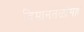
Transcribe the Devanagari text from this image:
विमानतळांसह